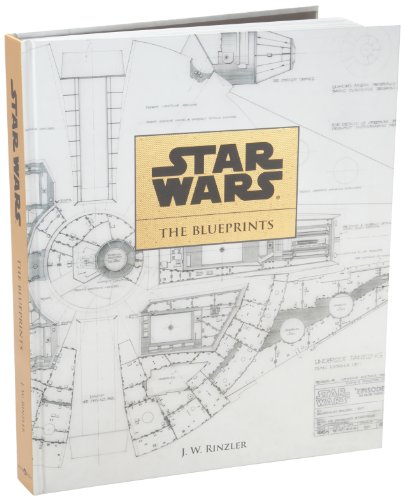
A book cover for Star Wars: The Blueprints; J. W. Rinzler; Science Fiction & Fantasy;